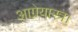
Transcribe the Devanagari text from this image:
आग्नेयास्त्र।